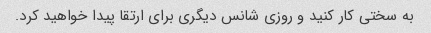
به سختی کار کنید و روزی شانس دیگری برای ارتقا پیدا خواهید کرد.